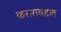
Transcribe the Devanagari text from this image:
कराराबद्दल